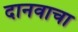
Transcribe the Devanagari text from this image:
दानवाचा